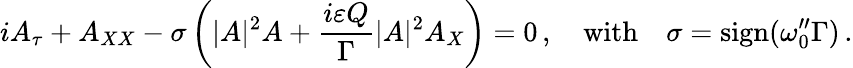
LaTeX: iA_{\tau}+A_{XX}-\sigma\left(|A|^{2}A+\frac{i\varepsilon Q}{\Gamma}|A|^{2}A_{X}\right)=0\, ,\quad\mathrm{with}\quad\sigma=\mathrm{sign}(\omega_{0}^{\prime\prime}\Gamma)\, .